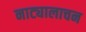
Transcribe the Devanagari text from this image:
नाट्यालाचन